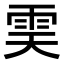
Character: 𩂉